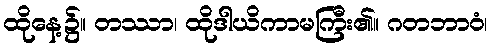
ထိုနေ့၌။ တဿာ၊ ထိုဒါယိကာမကြီး၏။ ဂတဘာဝံ၊